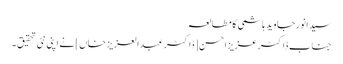
سیدانورجاوید ہاشمی کا مطالعہ
جناب ڈاکٹر عزیز احسن [ڈاکٹرعبدالعزیز خاں] نے اپنی نئی تحقیق ۔